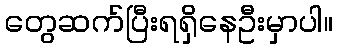
တွေဆက်ပြီးရရှိနေဦးမှာပါ။